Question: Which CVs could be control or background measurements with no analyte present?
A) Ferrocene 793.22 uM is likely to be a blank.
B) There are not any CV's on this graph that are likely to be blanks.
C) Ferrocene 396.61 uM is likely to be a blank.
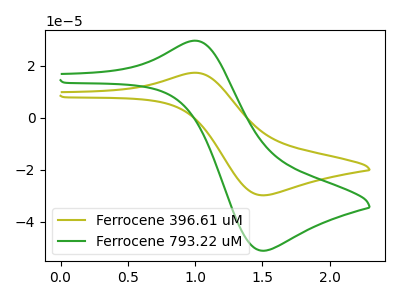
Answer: <think>The olive curve "Ferrocene 396.61 uM" has an anodic peak at (1.00V, 17.25uA) and a cathodic peak at (1.50V, -29.85uA). The green curve "Ferrocene 793.22 uM" has an anodic peak at (1.00V, 29.60uA) and a cathodic peak at (1.50V, -51.15uA).</think>
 <answer>B) There are not any CV's on this graph that are likely to be blanks.</answer>
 <eval>B</eval>